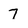
Character: 7